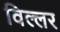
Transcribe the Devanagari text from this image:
विल्लर